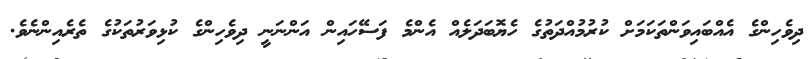
ދިވެހިންގެ އެއްބައިވަންތަކަމަށް ކުރުމުއްދަތުގެ ހެޔޮބަދަލެއް އެންމެ ފަސޭހައިން އަންނަނީ ދިވެހިންގެ ކުޅިވަރުތަކުގެ ތެރެއިންނެވެ.